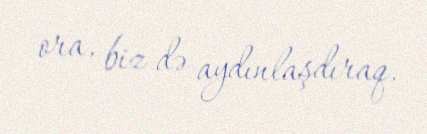
ora, biz də aydınlaşdıraq.